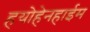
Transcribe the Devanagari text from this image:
हयोहेनहाईम